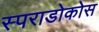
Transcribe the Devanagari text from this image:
स्पराडोकोस